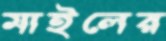
মাইলের